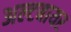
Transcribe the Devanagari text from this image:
अल्टबायर